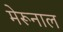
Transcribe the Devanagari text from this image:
मेरूनाल